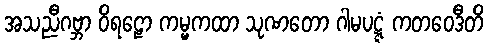
အသညီဂဗ္ဘာ ဝိရဠော ကမ္မကထာ သုဏတော ဂါမပဋ္ဋံ ကတဝေဒီတိ